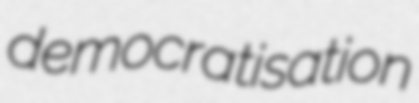
democratisation